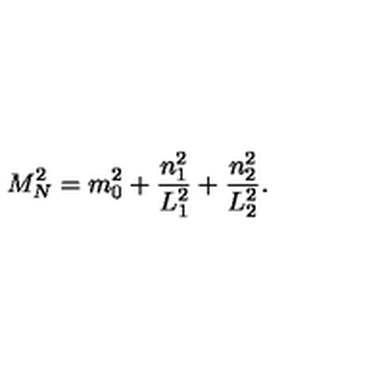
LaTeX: M _ { N } ^ { 2 } = m _ { 0 } ^ { 2 } + \frac { n _ { 1 } ^ { 2 } } { L _ { 1 } ^ { 2 } } + \frac { n _ { 2 } ^ { 2 } } { L _ { 2 } ^ { 2 } } .